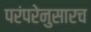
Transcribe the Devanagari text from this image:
परंपरेनुसारच